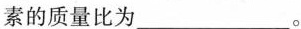
素的质量比为___。